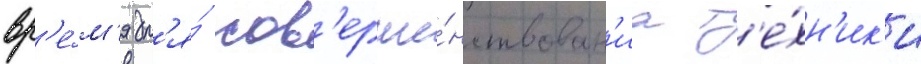
вр'е́м'я дл'я́ сов'ерше́нствован'иа т'е́хн'ик'и